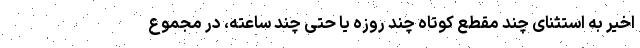
اخیر به استثنای چند مقطع کوتاه چند روزه یا حتی چند ساعته، در مجموع